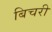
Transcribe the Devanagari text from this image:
बिचरी